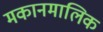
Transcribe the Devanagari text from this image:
मकानमालिक